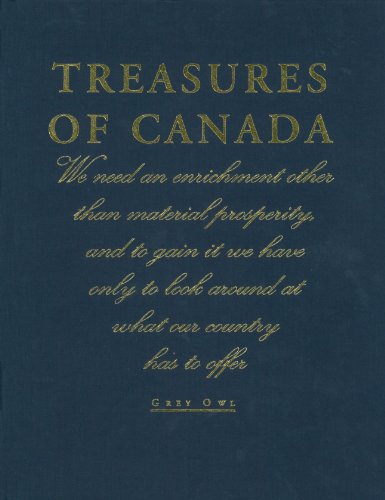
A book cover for Treasures Of Canada; Alan Samuel; Crafts, Hobbies & Home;